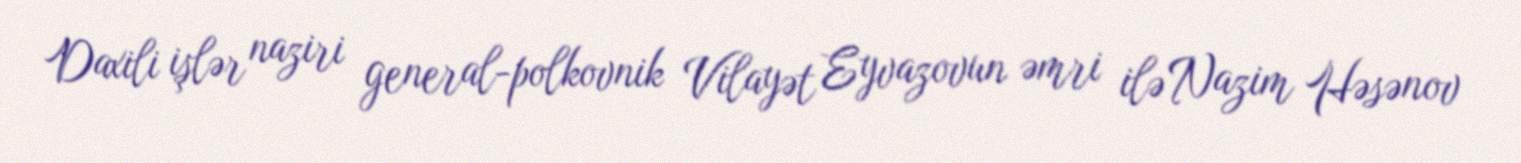
Daxili işlər naziri general-polkovnik Vilayət Eyvazovun əmri ilə Nazim Həsənov